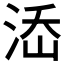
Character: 𣵜